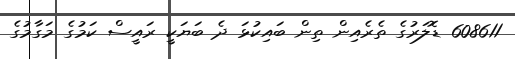
608611 ޑޮލަރުގެ ތެރެއިން ތިން ބައިކުޅަ ދެ ބަޔަކީ ރައީސް ކަމުގެ މަގާމުގެ